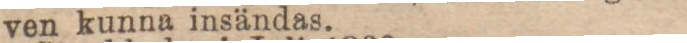
ven kunna insändas.